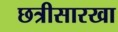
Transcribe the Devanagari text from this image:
छत्रीसारखा